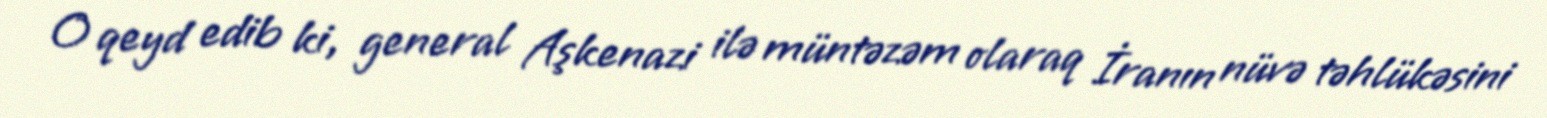
O qeyd edib ki, general Aşkenazi ilə müntəzəm olaraq İranın nüvə təhlükəsini